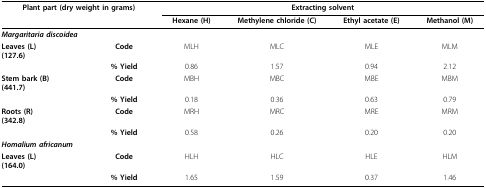
<table><thead><tr><td colspan="2"><b>Plant part (dry weight in grams)</b></td><td colspan="4"><b>Extracting solvent</b></td></tr><tr><td></td><td></td><td><b>Hexane (H)</b></td><td><b>Methylene chloride (C)</b></td><td><b>Ethyl acetate (E)</b></td><td><b>Methanol (M)</b></td></tr></thead><tbody><tr><td colspan="6"><i><b>Margaritaria discoidea</b></i></td></tr><tr><td><b>Leaves (L)</b><b>(127.6)</b></td><td><b>Code</b></td><td>MLH</td><td>MLC</td><td>MLE</td><td>MLM</td></tr><tr><td></td><td><b>% Yield</b></td><td>0.86</td><td>1.57</td><td>0.94</td><td>2.12</td></tr><tr><td><b>Stem bark (B)</b><b>(441.7)</b></td><td><b>Code</b></td><td>MBH</td><td>MBC</td><td>MBE</td><td>MBM</td></tr><tr><td></td><td><b>% Yield</b></td><td>0.18</td><td>0.36</td><td>0.63</td><td>0.79</td></tr><tr><td><b>Roots (R)</b><b>(342.8)</b></td><td><b>Code</b></td><td>MRH</td><td>MRC</td><td>MRE</td><td>MRM</td></tr><tr><td></td><td><b>% Yield</b></td><td>0.58</td><td>0.26</td><td>0.20</td><td>0.20</td></tr><tr><td colspan="6"><i><b>Homalium africanum</b></i></td></tr><tr><td><b>Leaves (L)</b><b>(164.0)</b></td><td><b>Code</b></td><td>HLH</td><td>HLC</td><td>HLE</td><td>HLM</td></tr><tr><td></td><td><b>% Yield</b></td><td>1.65</td><td>1.59</td><td>0.37</td><td>1.46</td></tr></tbody></table>